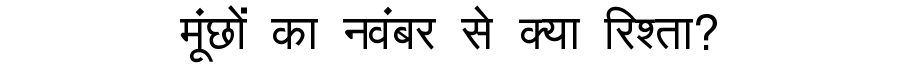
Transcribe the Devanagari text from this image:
मूंछों का नवंबर से क्या रिश्ता?